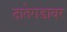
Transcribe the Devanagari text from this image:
दातेगडावर